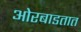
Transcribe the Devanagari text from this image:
ओरबाडतात